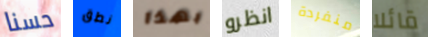
حسنا نطق بهذا انظرو منفردة قائلا